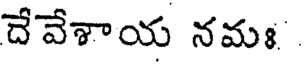
దేవేశాయ నమః